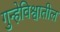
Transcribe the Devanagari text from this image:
गुन्हेविश्वातील